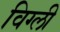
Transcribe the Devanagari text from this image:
विग्ली